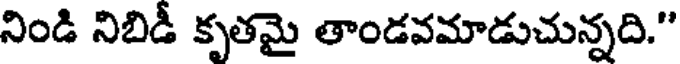
నిండి నిబిడీ కృతమై తాండవమాడుచున్నది."